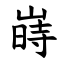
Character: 嵵